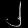
Digit: ၂